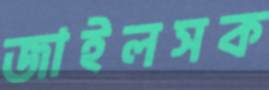
জাইলসক